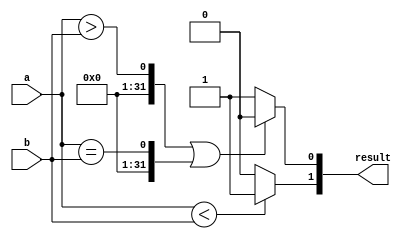
module comparator (
    input [31:0] a,
    input [31:0] b,
    output [1:0] result
);

wire [31:0] equal, greater, less;
assign equal = (a == b);
assign greater = (a > b);
assign less = (a < b);

assign result[0] = (greater || equal) ? 1'b0 : 1'b1;
assign result[1] = (less) ? 1'b1 : 1'b0;

endmodule